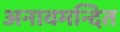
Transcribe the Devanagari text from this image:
अनावमन्दित